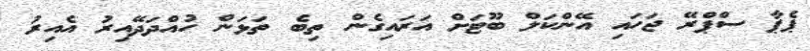
ޕެޕާ ސްޕްރޭ ޖަހައި އޭންކަލް ބޫޓަށް އަރައިގެން ތިބެ ތަޅަން ހުއްދަދޭއިރު އެއިރު